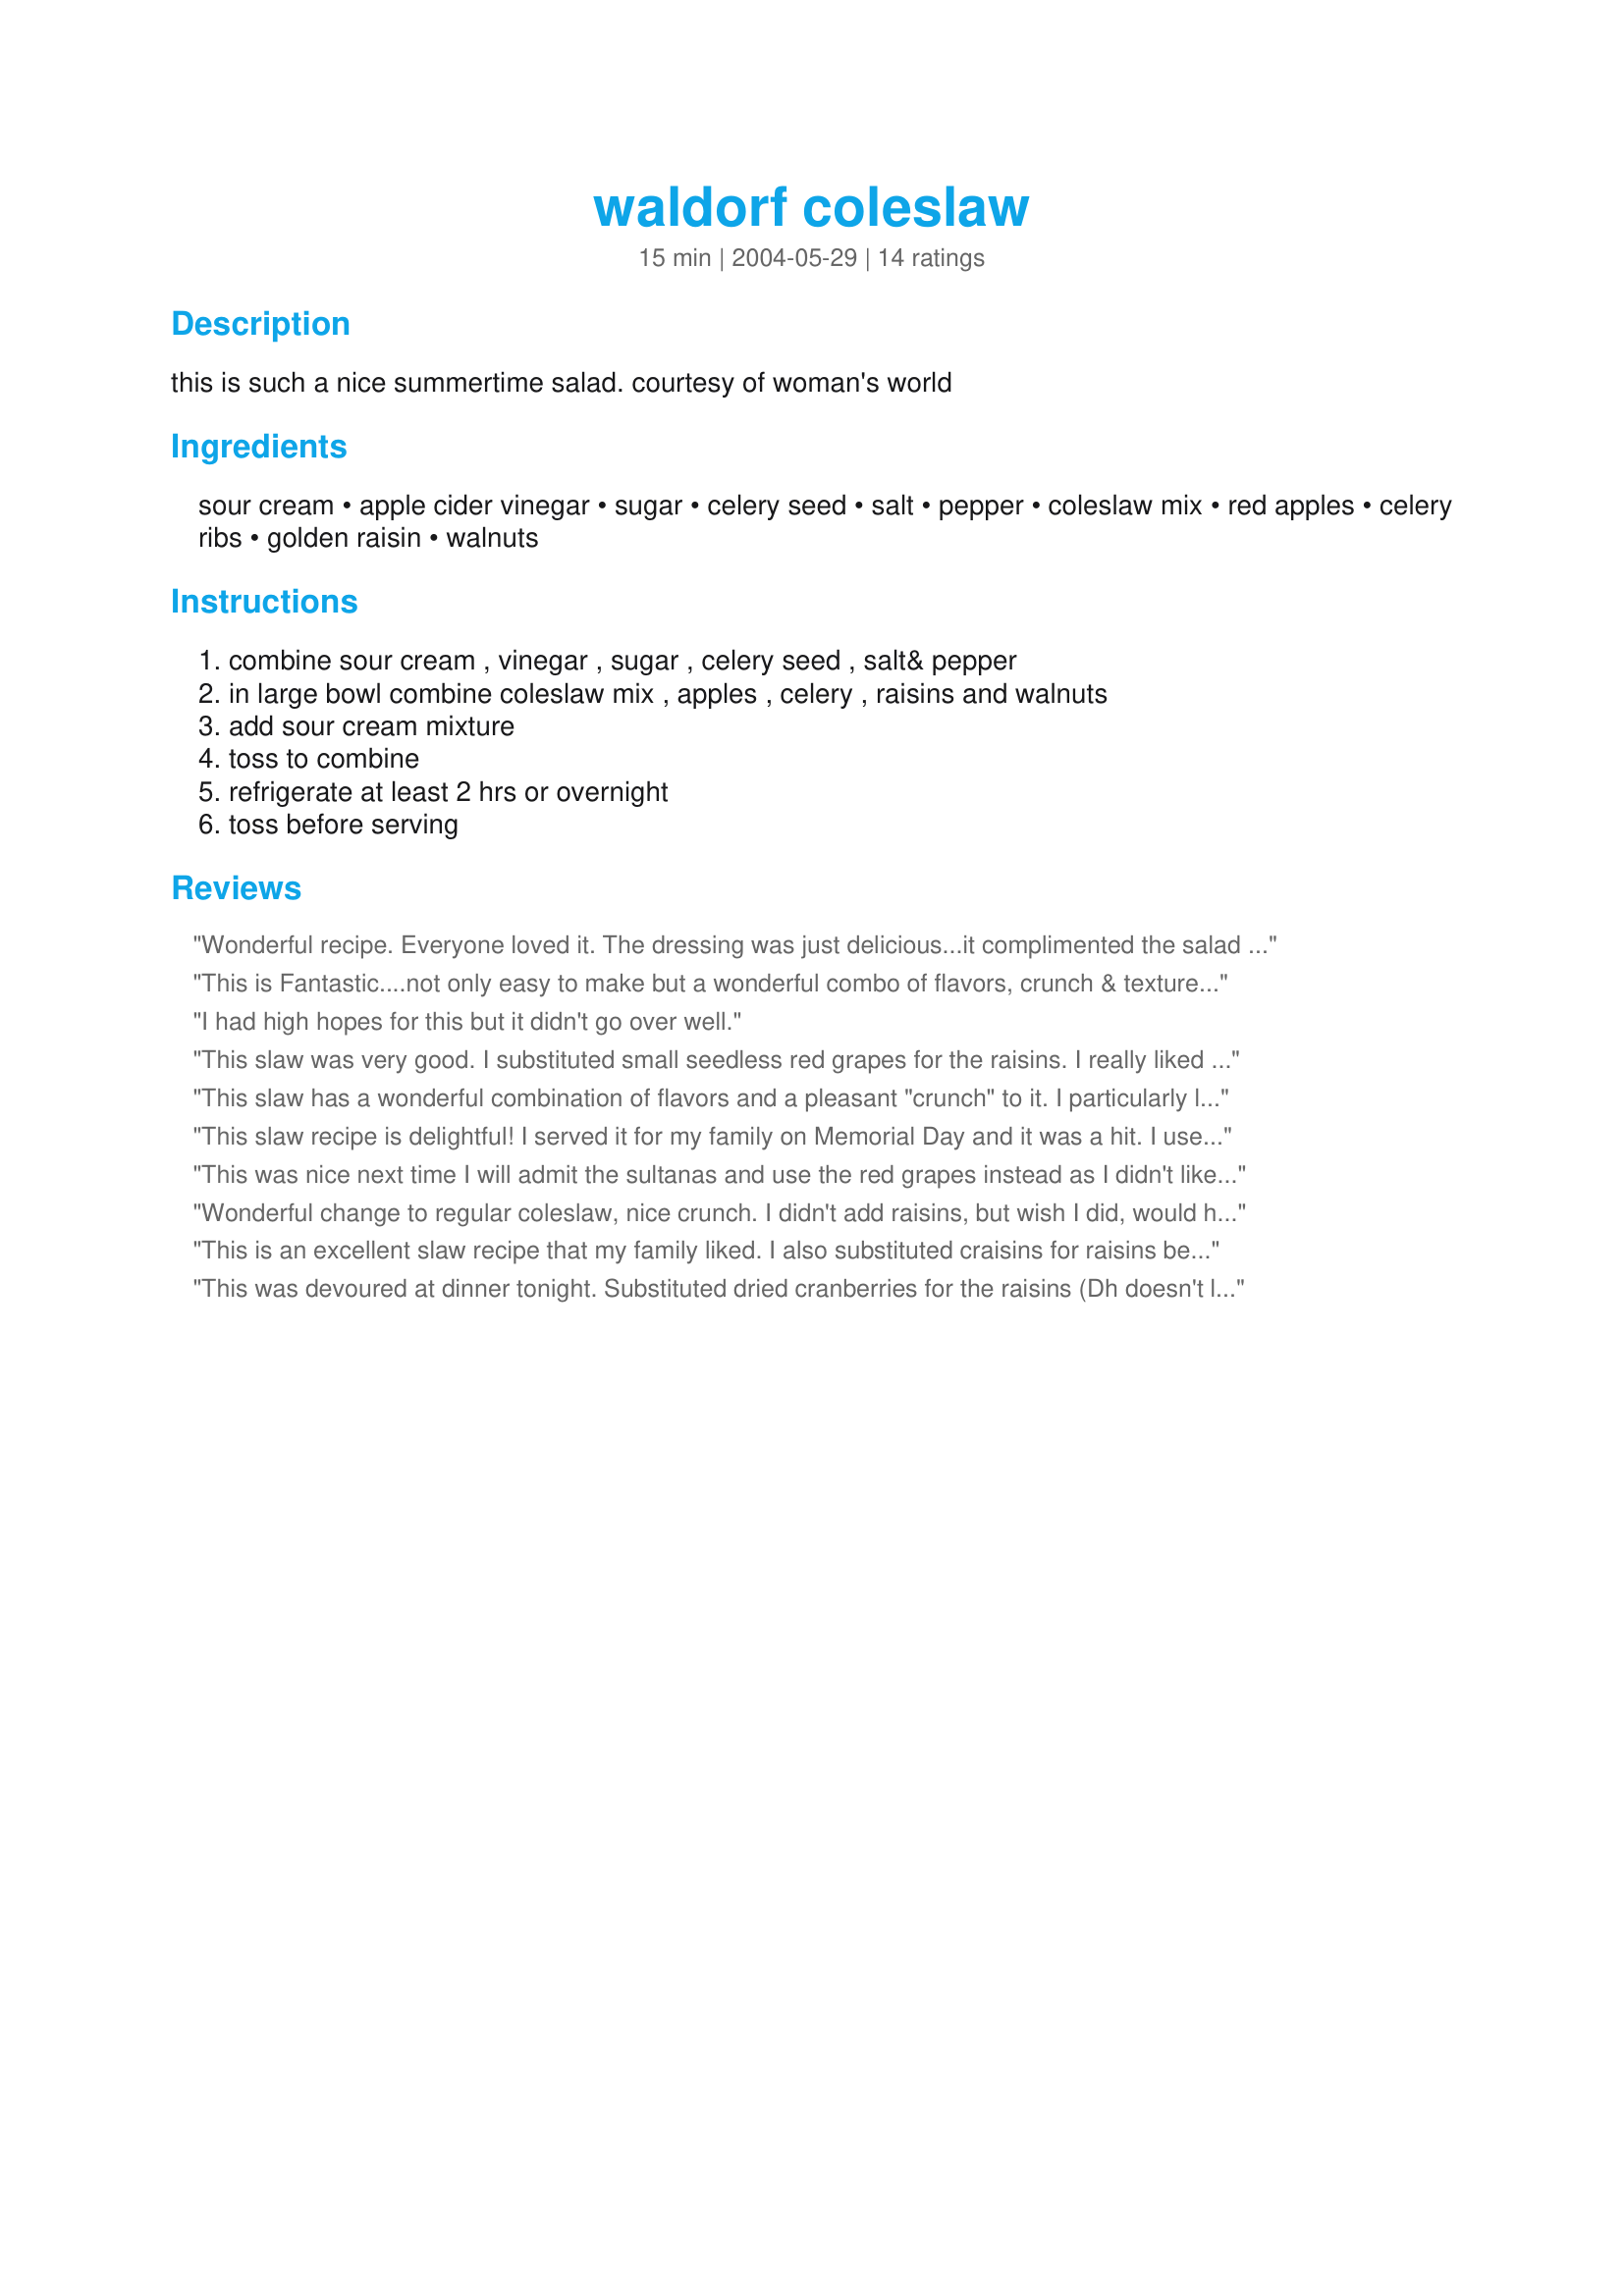
waldorf coleslaw
Preparation time: 15 minutes

this is such a nice summertime salad. courtesy of woman's world

Ingredients:
sour cream, apple cider vinegar, sugar, celery seed, salt, pepper, coleslaw mix, red apples, celery ribs, golden raisin, walnuts

Steps:
combine sour cream , vinegar , sugar , celery seed , salt& pepper, in large bowl combine coleslaw mix , apples , celery , raisins and walnuts, add sour cream mixture, toss to combine, refrigerate at least 2 hrs or overnight, toss before serving

Reviews:
Wonderful recipe. Everyone loved it. The dressing was just delicious...it complimented the salad perfectly. I didn't change a thing and will be making this salad often. Thanks for this great tasting recipe.
This is Fantastic....not only easy to make but a wonderful combo of flavors, crunch & textures.....
It will have an encore at our house....often
I had high hopes for this but it didn't go over well.
This slaw was very good. I substituted small seedless red grapes for the raisins. I really liked the combination of flavors. Thanks for posting this tasty recipe.
This slaw has a wonderful combination of flavors and a pleasant "crunch" to it. I particularly like the fact that it can be made the night before and then it's ready to serve at dinner time. This is definitely a great salad to serve to guests. Thanks so much, Boca Pat.

This slaw recipe is delightful! I served it for my family on Memorial Day and it was a hit. I used seedless green grapes instead of raisins and it was very good. The dressing has just the right balance of sweet/tangy flavor to it. I used 1/2 sour cream and 1/2 Miracle Whip. Thanks-Carole in Orlando.
This was nice next time I will admit the sultanas and use the red grapes instead as I didn't like the taste of the sultanas in the salad but otherwise nice.
Wonderful change to regular coleslaw, nice crunch. I didn't add raisins, but wish I did, would have added a slight sweetness to the flavours. Will make again.
This is an excellent slaw recipe that my family liked. I also substituted craisins for raisins because my bunch likes them better. The ingredients were in good proportion and this was very easy to put together. I used no-fat sour cream to make it even healthier and didn't think there was any loss to the flavor. Thanks for sharing this.
This was devoured at dinner tonight. Substituted dried cranberries for the raisins (Dh doesn't like them). What a great combination of ingredients. Makes an attractive presentation as well as being delicious.
I served this with our Easter dinner and it was so good! I omitted the raisins and used pink lady apples. I also used light sour cream and Splenda instead of sugar. I will be making this one again. Thanks for sharing. :)
Anything that gets my kids to eat raw vegetables, let alone cabbage no less, rates 5 stars in my book. More if I could. We loved the apples and nuts in it, and never thought of that with cabbage. Great recipe.

 Lovely salad adds a new dimension to a regular slaw. I cut back on the sour cream and only made a 4 ortion serving salad - had no problem. The apple and celery gives crunch to the salad. It is a tasty, refeshing salad Thanks for posting it Boca Pat
Loved this. I used light sour cream and red seedless grapes instead of the raisins. The flavors in this salad are outstanding. I will be making this again and again.
